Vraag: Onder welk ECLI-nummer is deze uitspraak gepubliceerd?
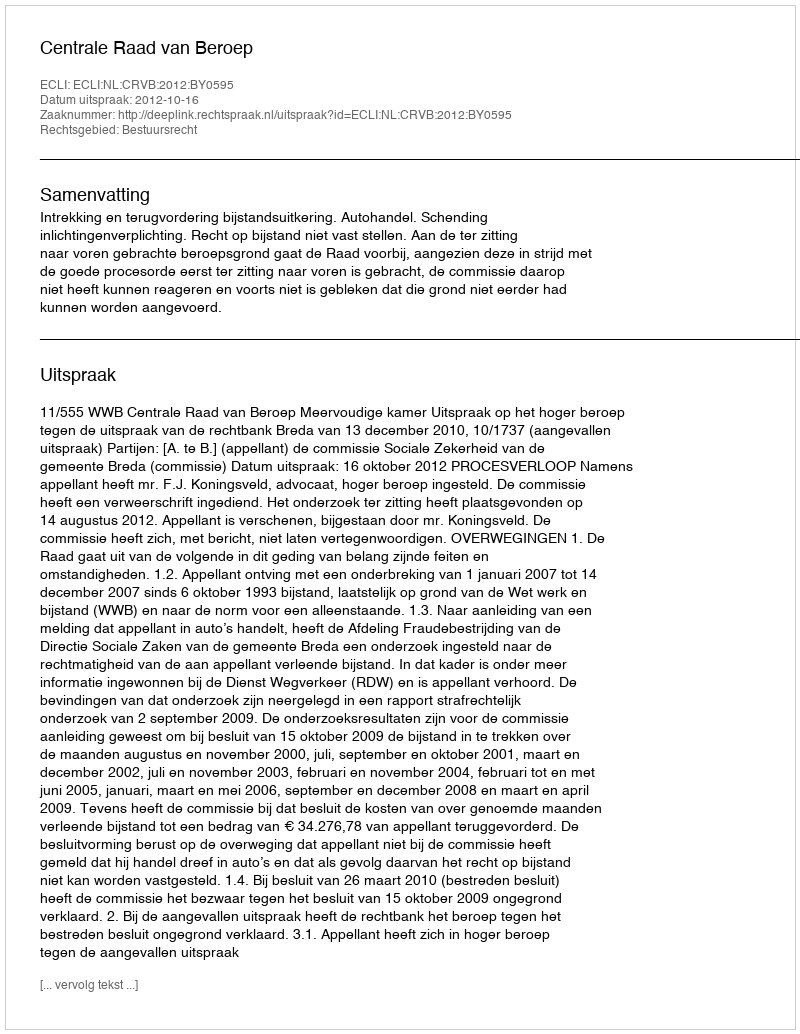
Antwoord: ECLI:NL:CRVB:2012:BY0595